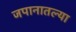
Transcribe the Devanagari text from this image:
जपानातल्या